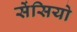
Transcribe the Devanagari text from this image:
सेंसियो